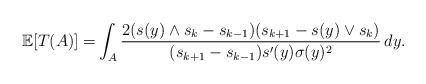
LaTeX: \begin{align*}\mathbb{E}[T(A)] =& \int_A \frac{ 2(s(y)\wedge s_k -s_{k-1})(s_{k+1} - s (y) \vee s_k)}{(s_{k+1}-s_{k-1})s'(y) \sigma(y)^2} \, dy.\end{align*}